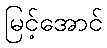
မြင့်အောင်